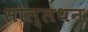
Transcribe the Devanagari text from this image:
सोल्लथन